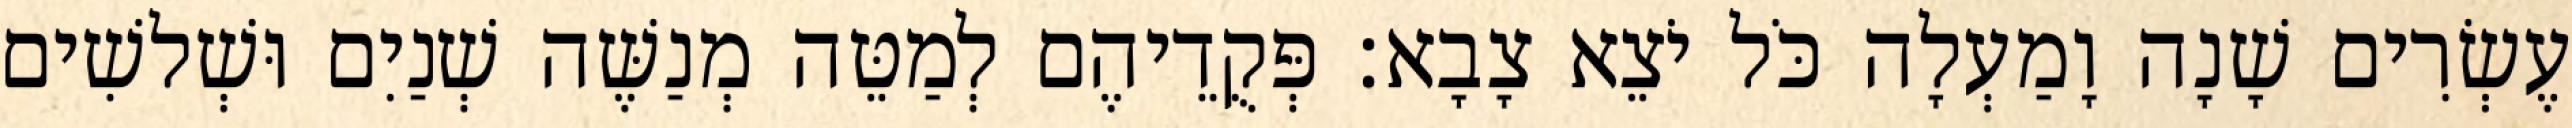
עֶשְׂרִים שָׁנָה וָמַעְלָה כֹּל יֹצֵא צָבָא׃ פְּקֻדֵיהֶם לְמַטֵּה מְנַשֶּׁה שְׁנַיִם וּשְׁלשִׁים